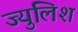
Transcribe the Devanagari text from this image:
ज्युलिश